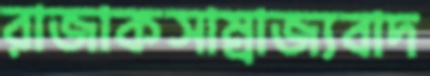
রাজাকসাম্রাজ্যবাদ